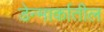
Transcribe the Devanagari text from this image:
डेन्मार्कातील